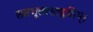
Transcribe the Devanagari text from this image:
सारभूतरसाहृतिम्।